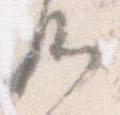
候